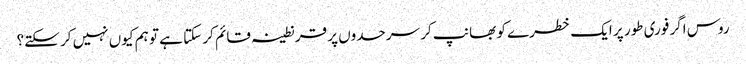
روس اگر فوری طور پر ایک خطرے کو بھانپ کر سرحدوں پر قرنطینہ قائم کر سکتا ہے تو ہم کیوں نہیں کر سکتے؟